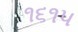
૧૬૧૫